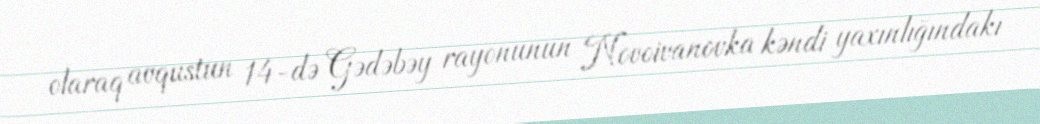
olaraq avqustun 14-də Gədəbəy rayonunun Novoivanovka kəndi yaxınlığındakı